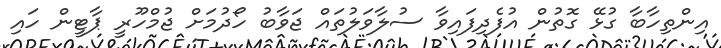
އިންތިހާބާ ގުޅޭ ގޮތުން އުފެދިފައިވާ ސުލާވަލުތައް ޖަވާބު ހޯދުމަށް ޖުމްހޫރީ ޕާޓީން ހައި